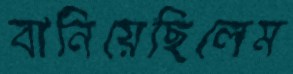
বানিয়েছিলেম